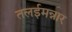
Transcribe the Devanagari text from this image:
तलईमन्नार